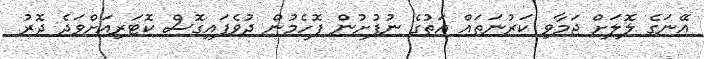
އޭނަގެ ލޮލަށް ޖަމާވި ކަރުނަތައް އަތުގެ ނުފުށުން ފޮހެމުން ދުވެފައިގޮސް ކޮޓަރިއަށްވަދެ ދޮރު